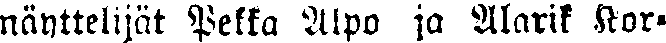
nänttelijät Pekka Alpo ja Alarik Kor-